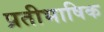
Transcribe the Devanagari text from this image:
प्रतीभाषिक